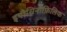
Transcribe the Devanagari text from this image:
इयोसिनोफ़िलिक